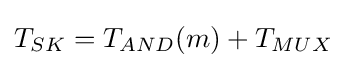
T_{SK}=T_{AND}(m)+T_{MUX}